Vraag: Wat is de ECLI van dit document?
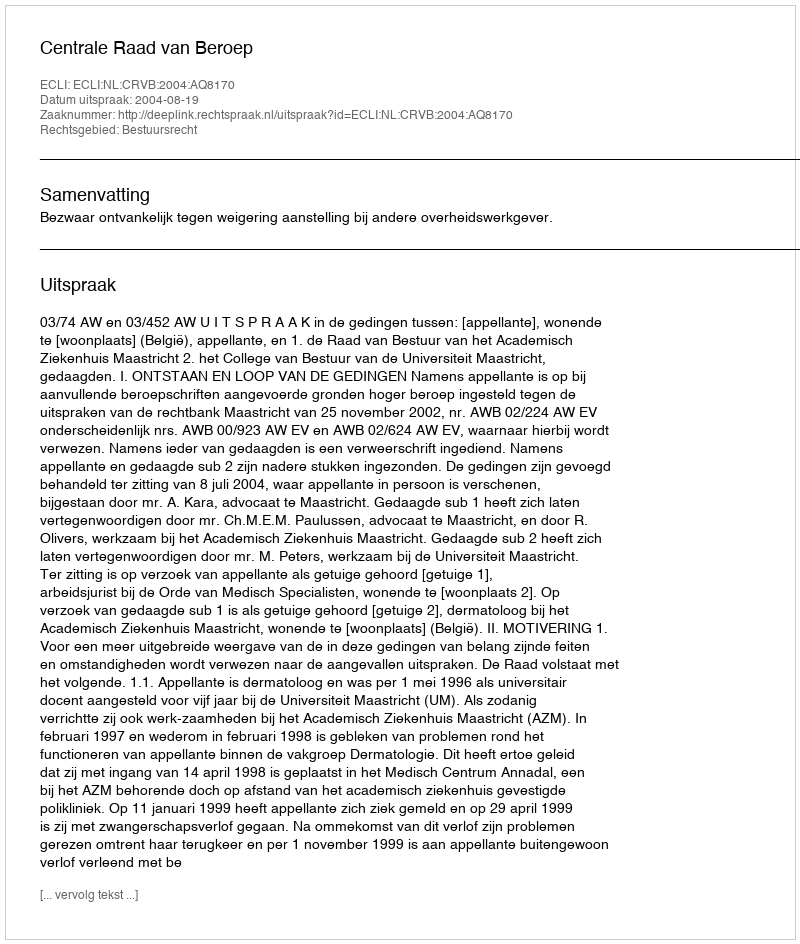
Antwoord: ECLI:NL:CRVB:2004:AQ8170